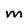
Character: M